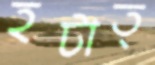
হটাত্